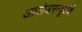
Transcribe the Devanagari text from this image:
आयोजनन्यूयॉर्क